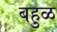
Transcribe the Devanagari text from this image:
बहुळ